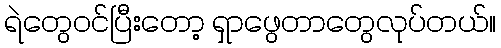
ရဲတွေဝင်ပြီးတော့ ရှာဖွေတာတွေလုပ်တယ်။